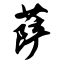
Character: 萨